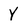
Character: Y